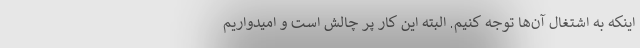
اینکه به اشتغال آن‌ها توجه کنیم. البته این کار پر چالش است و امیدواریم